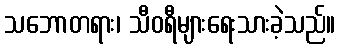
သဘောတရား၊ သီဝရီများရေးသားခဲ့သည်။